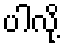
ပါလို့